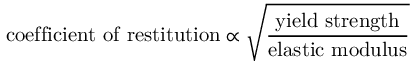
{ \mathrm { c o e f f i c i e n t ~ o f ~ r e s t i t u t i o n } } \propto { \sqrt { \frac { \mathrm { y i e l d ~ s t r e n g t h } } { \mathrm { e l a s t i c ~ m o d u l u s } } } }